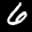
Label: 6